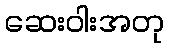
ဆေးဝါးအတု